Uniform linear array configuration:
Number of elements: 64
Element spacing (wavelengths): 0.75
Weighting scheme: uniform
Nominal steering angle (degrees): -45
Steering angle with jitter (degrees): -45.868
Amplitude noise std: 0.05
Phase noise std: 0.05

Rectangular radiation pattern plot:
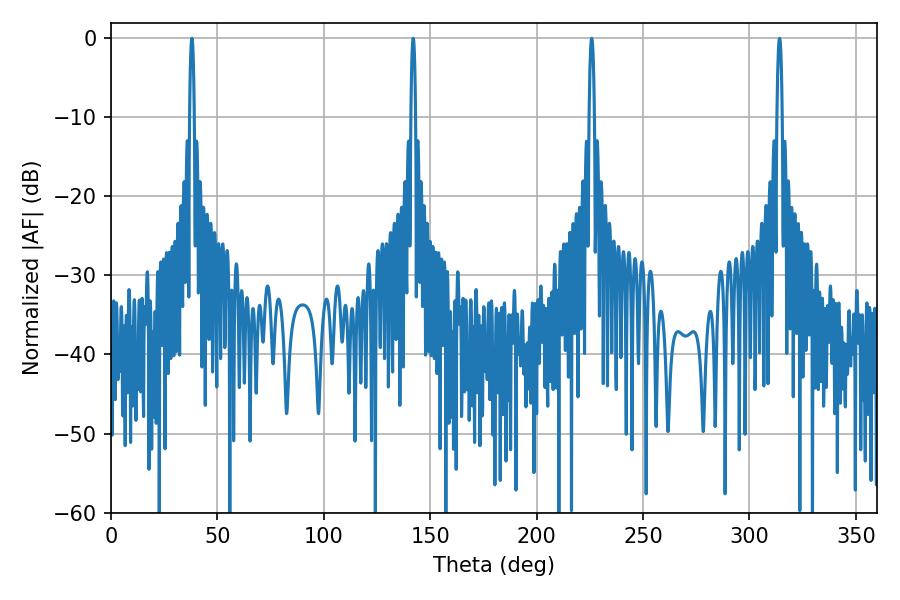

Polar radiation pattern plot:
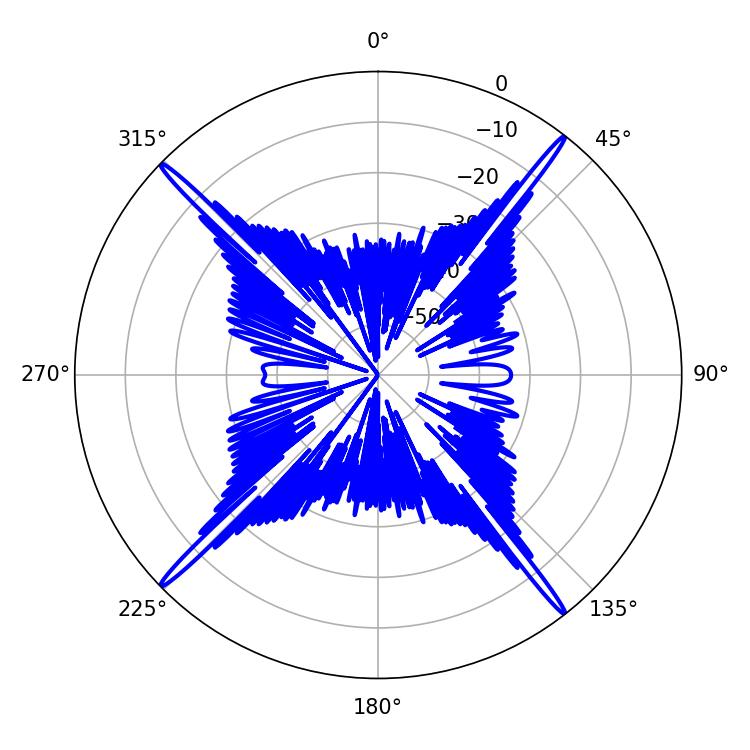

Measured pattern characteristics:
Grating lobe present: TRUE
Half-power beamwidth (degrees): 1.08
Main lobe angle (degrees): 142.02